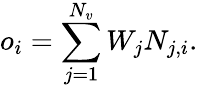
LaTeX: o_{i}=\sum_{j=1}^{N_{v}}W_{j}N_{j,i}.